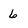
Character: 6